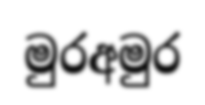
මුරඅමුර